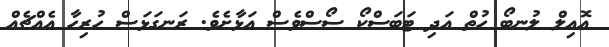
އޮއިލް ލުނބޯ ހުތް އަދި ޓަބަސްކޯ ސޯސްވެސް އަޅާށެވެ. ރަނގަަޅަސް ހުރިހާ އެއްޗެއް